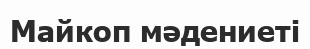
Майкоп мәдениеті